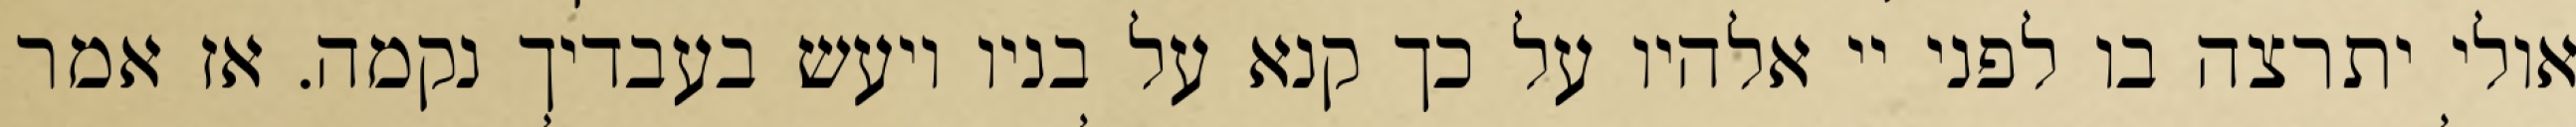
אולי יתרצה בו לפני יי אלהיו על כך קנא על בניו ויעש בעבדיך נקמה. אז אמר